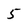
Character: 5